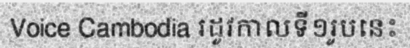
Voice Cambodia រដូវកាលទី១រូបនេះ